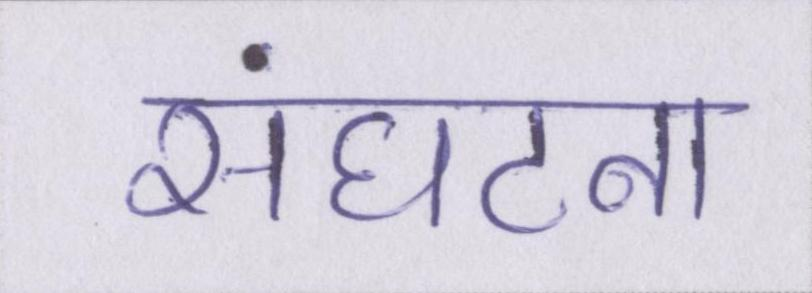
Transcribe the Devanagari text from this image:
संघटना